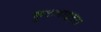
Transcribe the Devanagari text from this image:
फुटलाइट्स